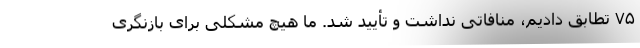
۷۵ تطابق دادیم، منافاتی نداشت و تأیید شد. ما هیچ مشکلی برای بازنگری